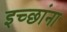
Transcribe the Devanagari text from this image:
इच्छांना